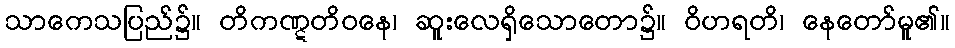
သာကေသပြည်၌။ တိကဏ္ဋတိဝနေ၊ ဆူးလေရှိသောတော၌။ ဝိဟရတိ၊ နေတော်မူ၏။